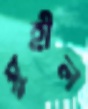
সুহীল